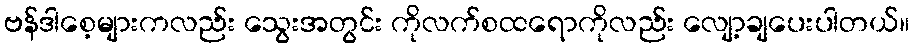
ဗန်ဒါစေ့များကလည်း သွေးအတွင်း ကိုလက်စထရောကိုလည်း လျော့ချပေးပါတယ်။